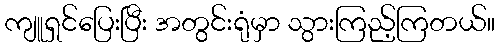
ကျူရှင်ပြေးပြီး အတွင်းရုံမှာ သွားကြည့်ကြတယ်။